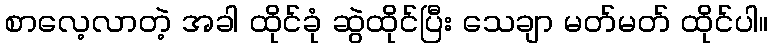
စာလေ့လာတဲ့ အခါ ထိုင်ခုံ ဆွဲထိုင်ပြီး သေချာ မတ်မတ် ထိုင်ပါ။